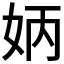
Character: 𡛦